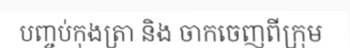
បញ្ចប់កុងត្រា និង ចាកចេញពីក្រុម